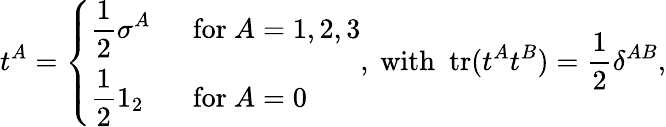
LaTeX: t^{A}=\left\{ \begin{array}{ll}{{\displaystyle\frac{1}{2}\sigma^{A}}}&{{~~\mathrm{for}~A=1,2,3}}\\ {{\displaystyle\frac{1}{2}1_{2}}}&{{~~\mathrm{for}~A=0}}\end{array}\right.,\mathrm{~with~~tr}(t^{A}t^{B})=\frac{1}{2}\delta^{AB},